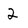
Character: 2